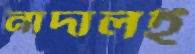
নাদালই